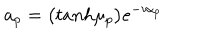
a _ { p } = \bigl ( t a n h \mu _ { p } \bigr ) e ^ { - i \alpha _ { p } }